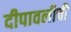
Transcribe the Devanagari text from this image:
दीपावलीची